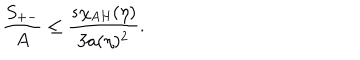
LaTeX: { \frac { S _ { + - } } { A } } \leq { \frac { s \chi _ { \mathrm { A H } } ( \eta ) } { 3 a ( \eta ) ^ { 2 } } } .